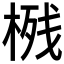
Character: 𱣴